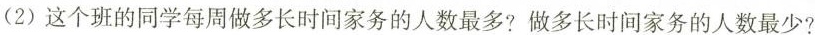
(2)这个班的同学每周做多长时间家务的人数最多?做多长时间家务的人数最少?